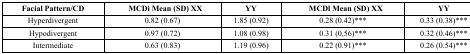
<table><thead><tr><td><b>Facial Pattern/CD</b></td><td><b>MCDi Mean (SD) XX</b></td><td><b>YY</b></td><td><b>MCDl Mean (SD) XX</b></td><td><b>YY</b></td></tr></thead><tbody><tr><td>Hyperdivergent</td><td>0.82 (0.67)</td><td>1.85 (0.92)</td><td>0.28 (0.42)***</td><td>0.33 (0.38)***</td></tr><tr><td>Hypodivergent</td><td>0.97 (0.72)</td><td>1.08 (0.98)</td><td>0.31 (0,56)***</td><td>0.32 (0.46)***</td></tr><tr><td>Intermediate</td><td>0.63 (0.83)</td><td>1.19 (0.96)</td><td>0.22 (0.91)***</td><td>0.26 (0.54)***</td></tr></tbody></table>